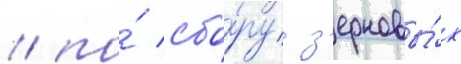
/ по́ сбо́ру з'ерновы́х